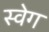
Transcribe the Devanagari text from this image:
स्वेग